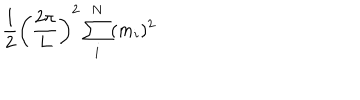
{ \frac { 1 } { 2 } } \left( { \frac { 2 \pi } { L } } \right) ^ { 2 } \sum _ { i } ^ { N } ( m _ { i } ) ^ { 2 }